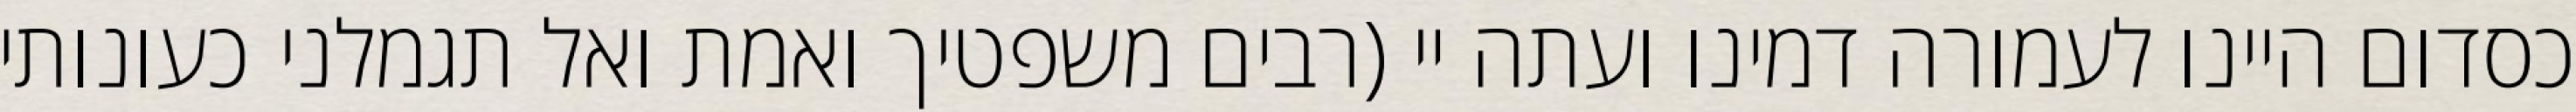
כסדום היינו לעמורה דמינו ועתה יי (רבים משפטיך ואמת ואל תגמלני כעונותי